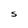
Character: S